Bréfritari: Ragnheiður Daníelsdóttir
Viðtakandi: Daníel Halldórsson og Jakobína Magnúsdóttir
Dagsetning: A-1891-12-15
Skrifað á: Skeggjastöðum  N-Múl. ?
Ragnheiður var dóttir Daníels og Jakobínu

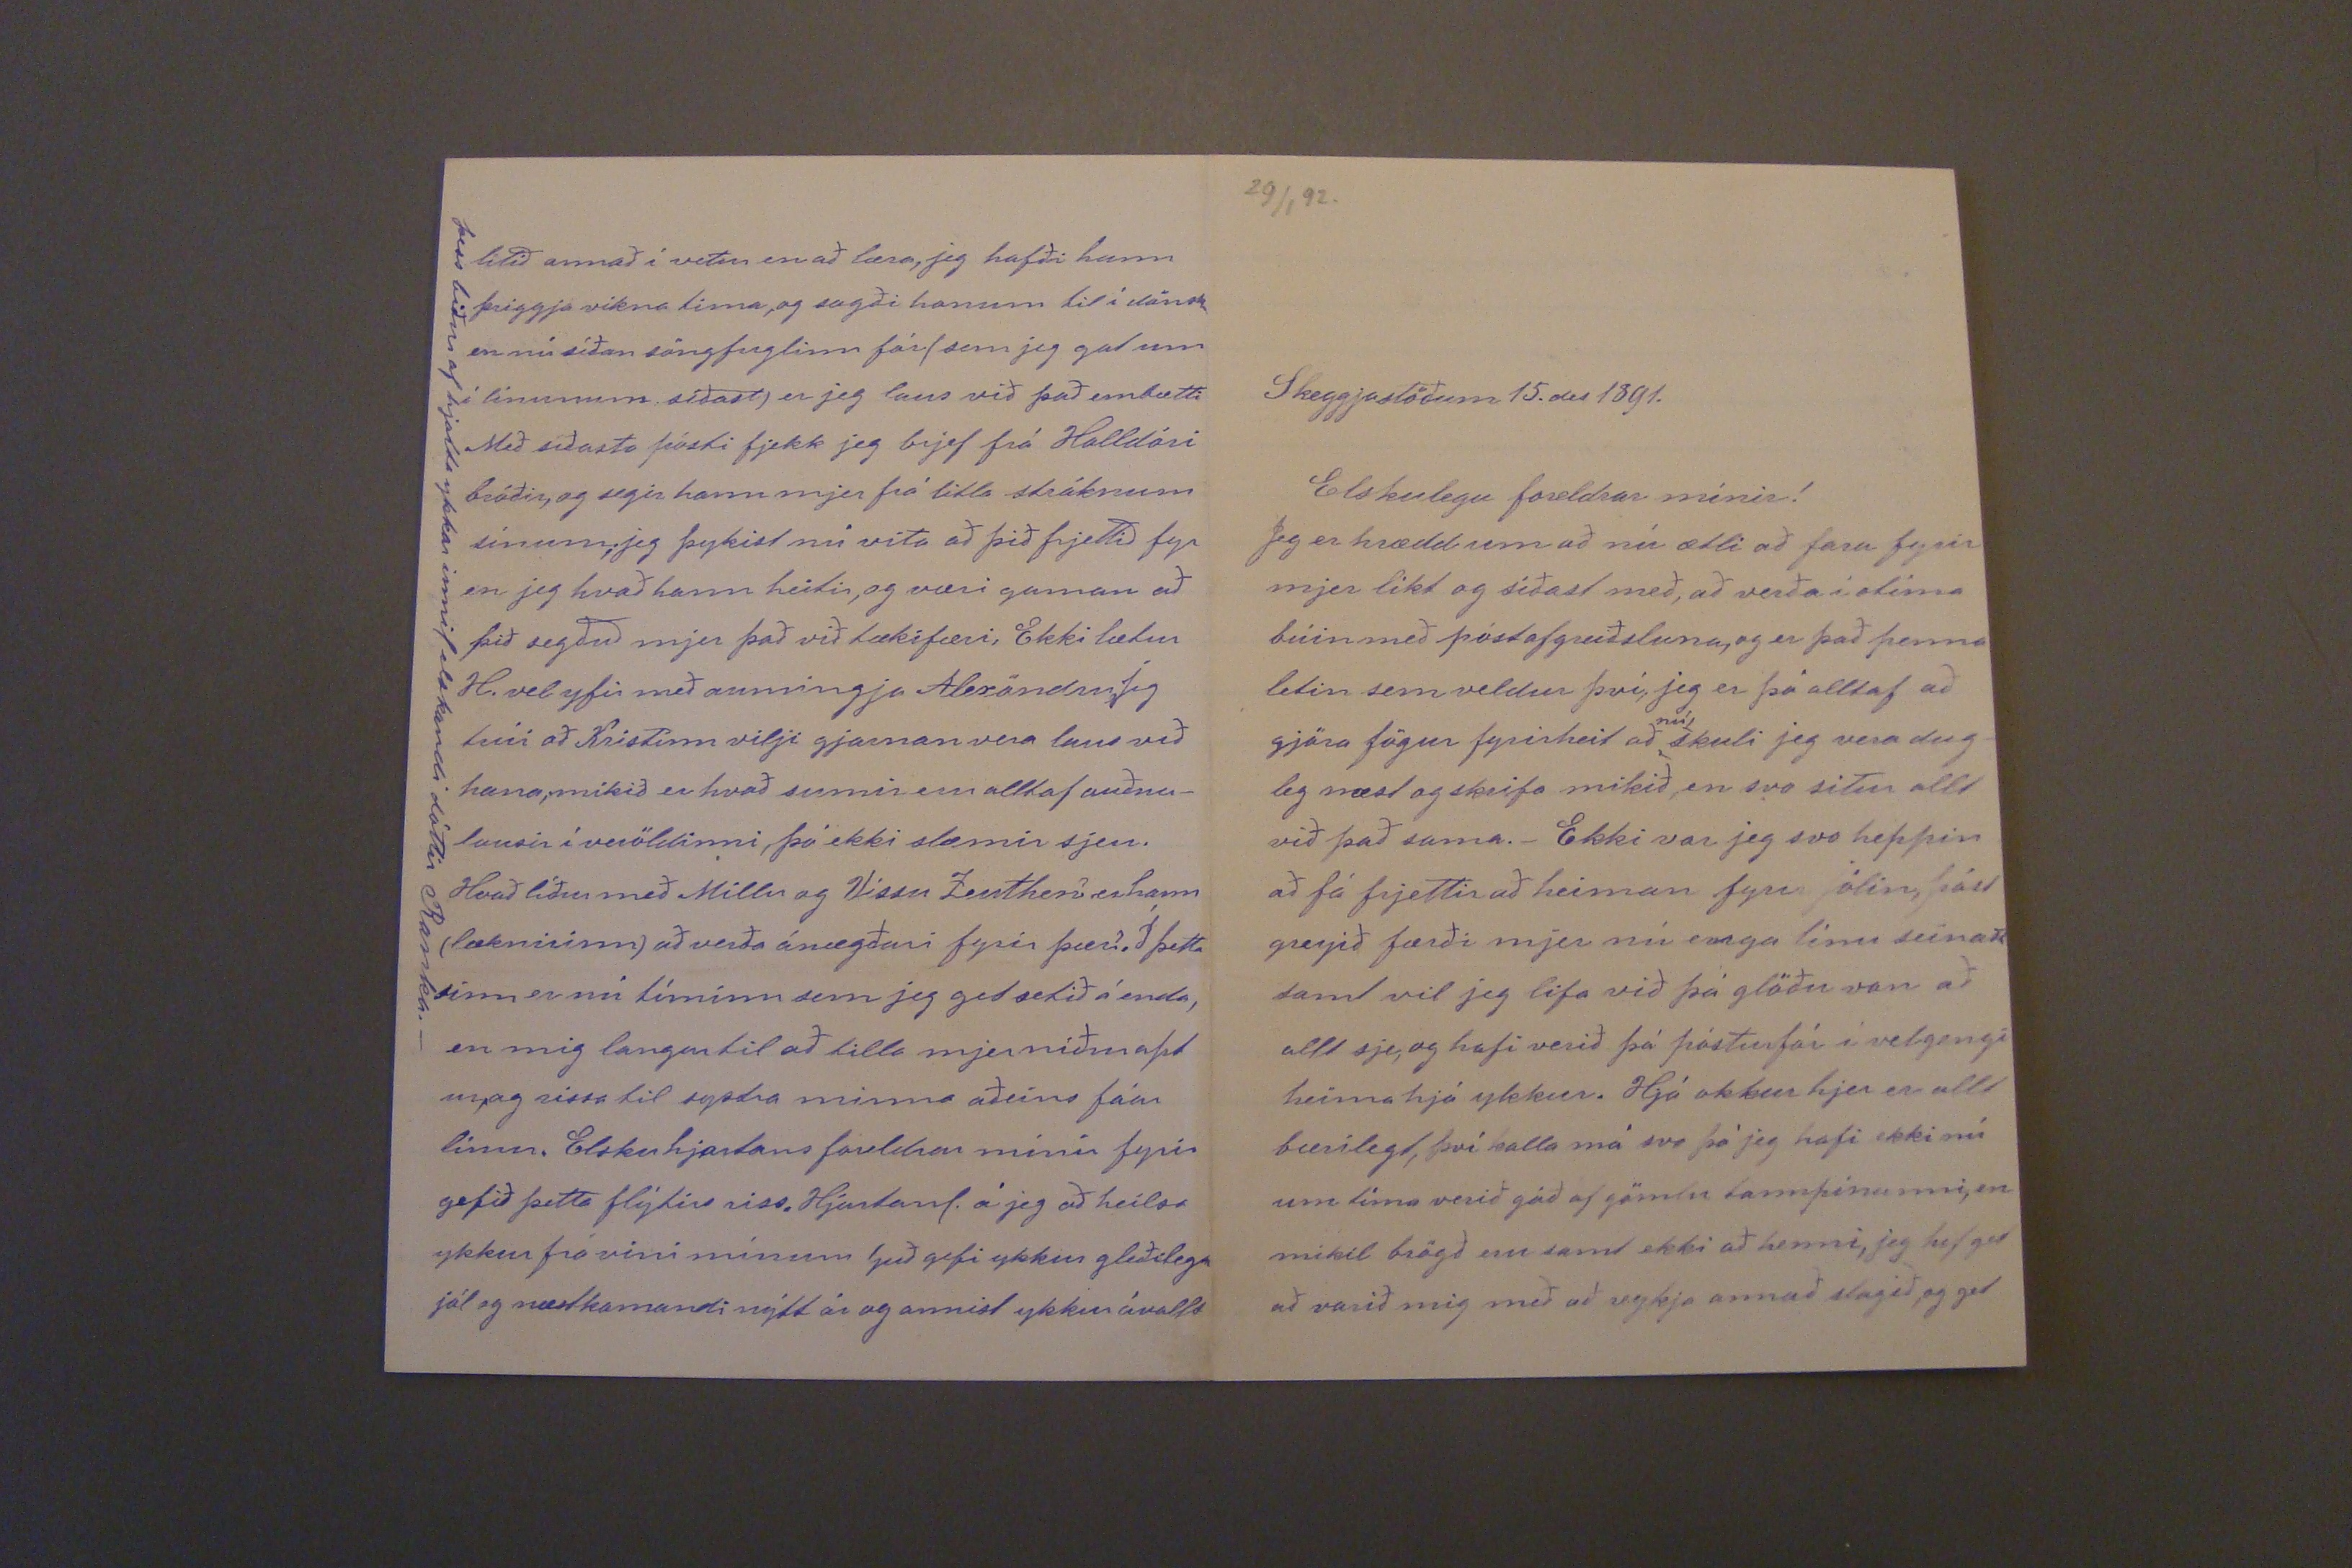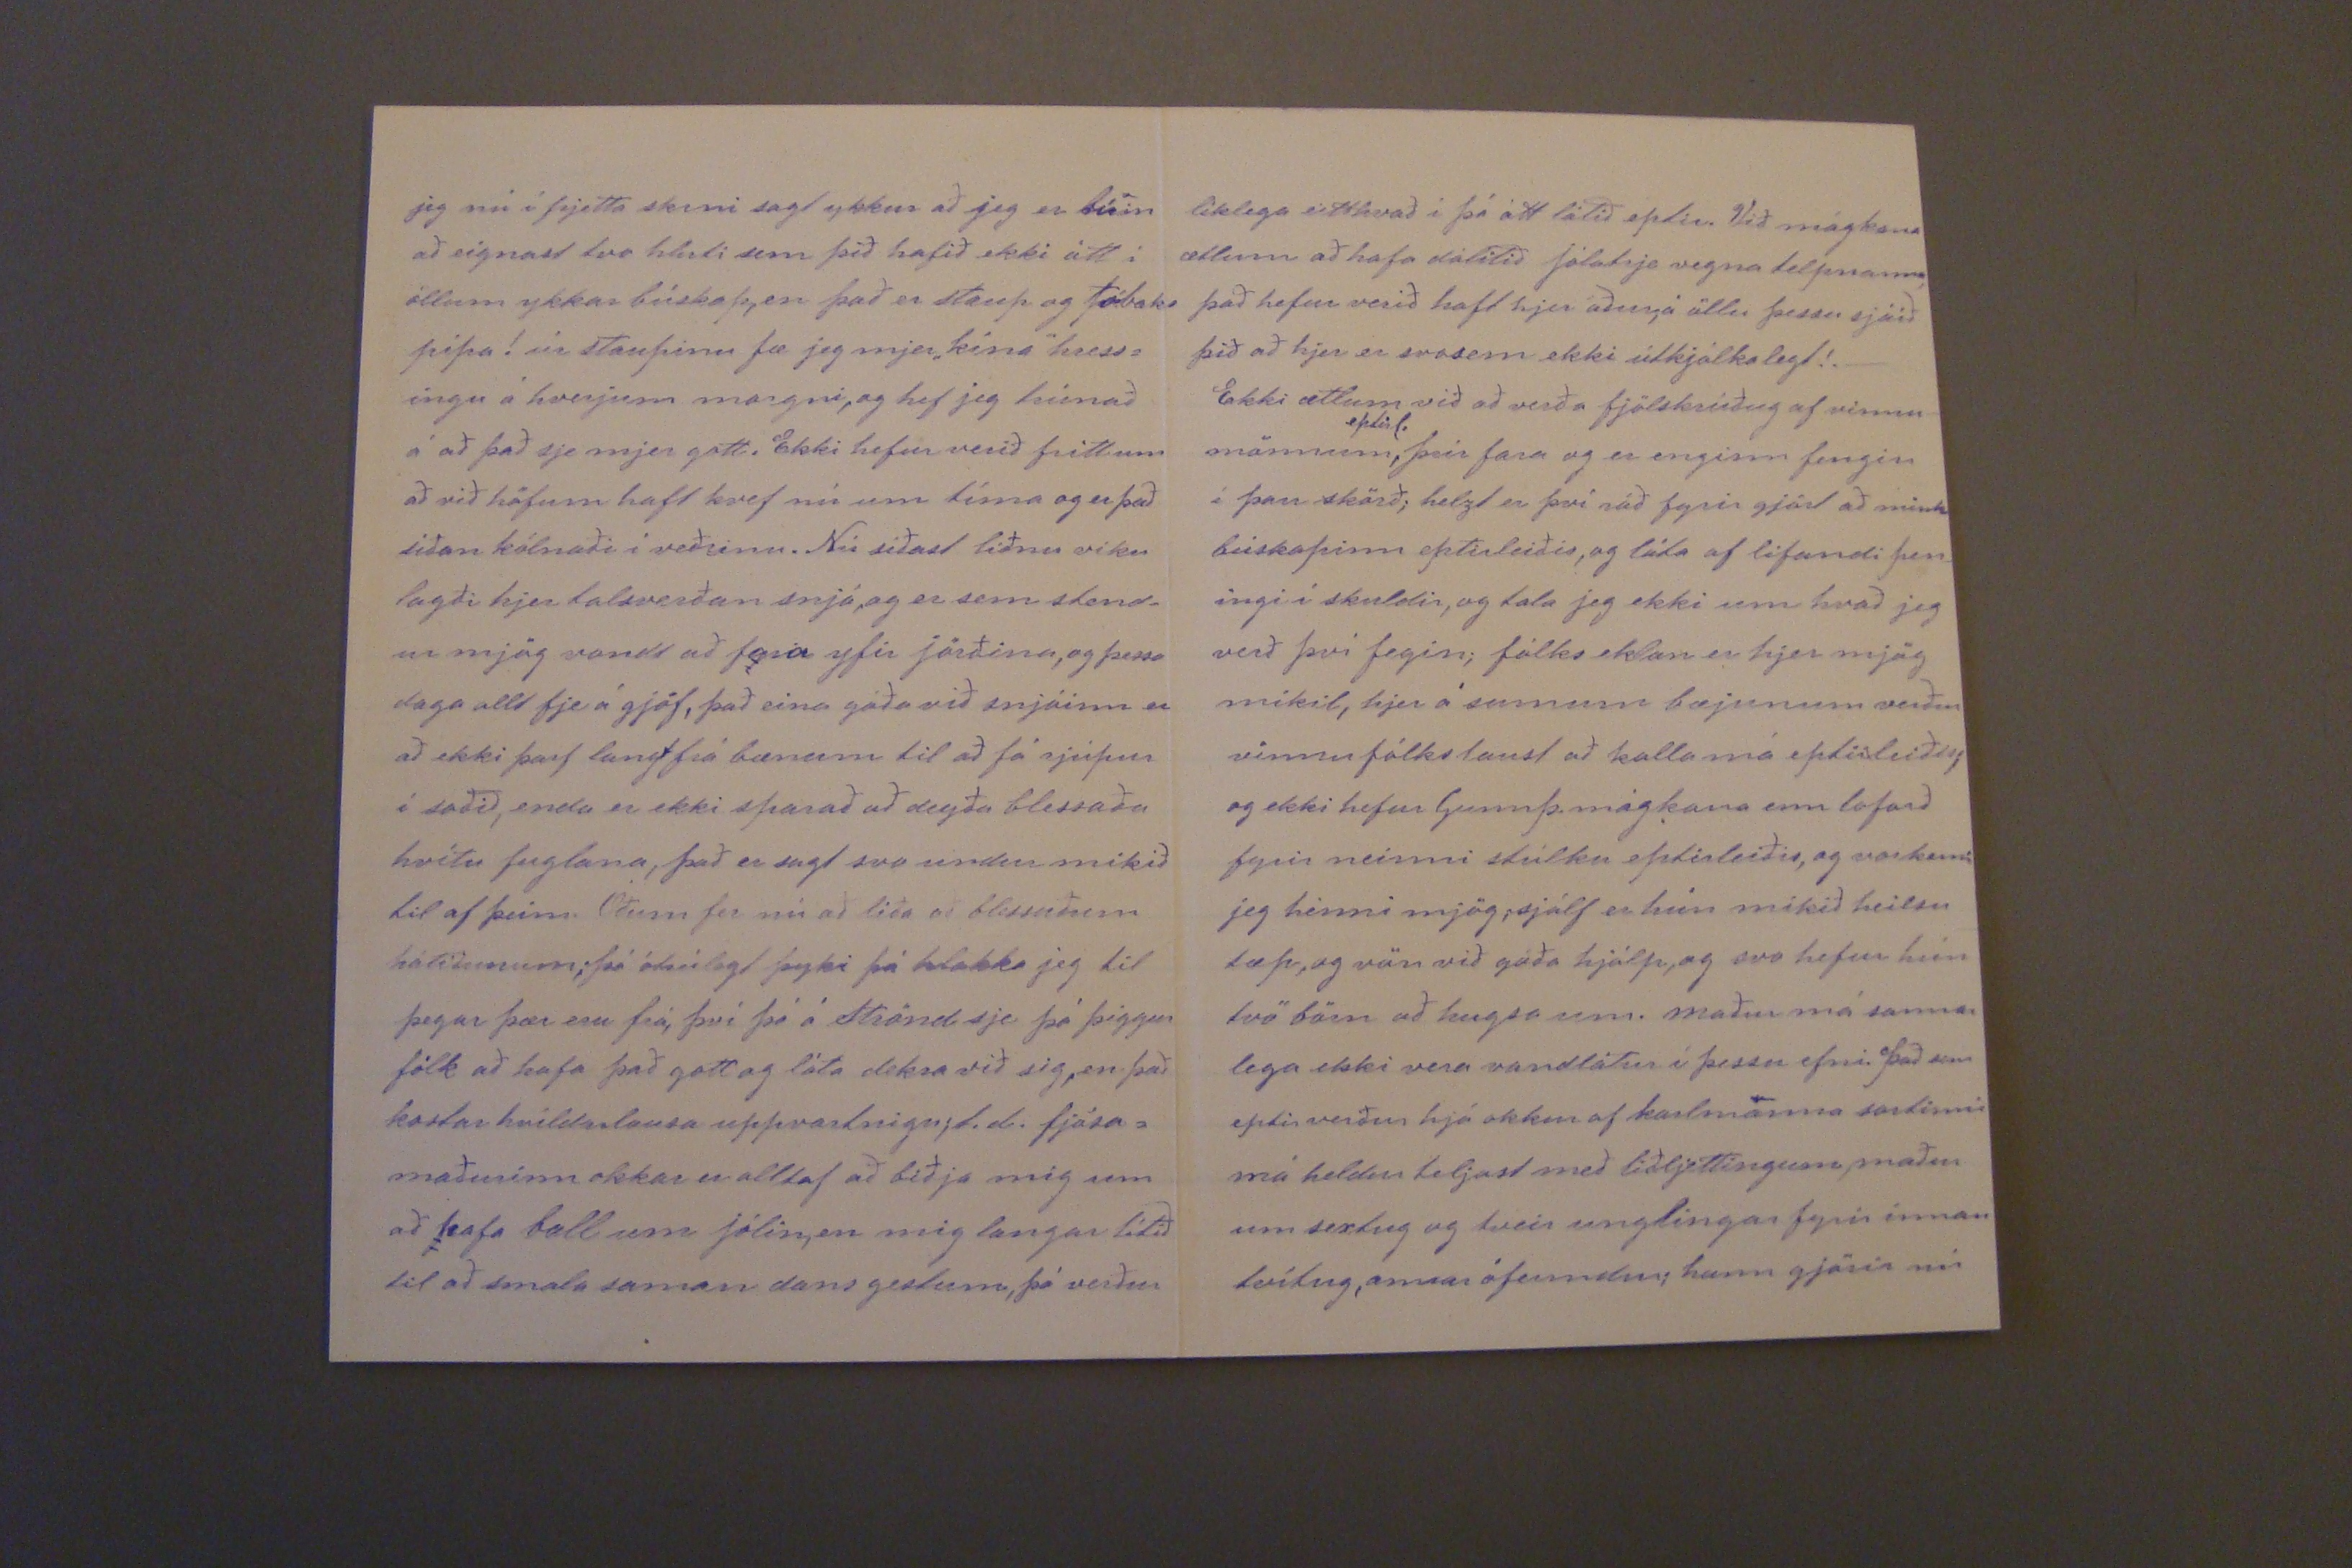

29/1 92.
Skeggjastöðum 15. des 1891.
Elskulegu foreldrar mínir!
Jeg er hrædd um að nú ætli að fara fyrir mjer líkt og síðast með, að verða í otíma búin með póstafgreiðsluna, og er það penna letin sem veldur því, jeg er þó alltaf að gjöra fögur fyrirheit að
nú
skuli jeg vera dug- leg næst og skrifa mikið, en svo situr allt við það sama._ Ekki var jeg svo heppin að fá frjettir að heiman fyrir jólin, póst greyið færði mjer nú enga línu seinast samt vil jeg lifa við þá glöðu von að allt sje, og hafi verið þá póstur fór í velgengi heima hjá ykkur. Hjá okkur hjer er allt bærilegt, þvi kalla má svo þá jeg hafi ekki nú um tíma verið góð af gömlu tannpínunni, en mikil brögð eru samt ekki að henni, jeg hef get að varið mig með að reykja annað slagið, og get
jeg nú í frjetta skini sagt ykkur að jeg er búin að eignast tvo hluti sem þið hafið ekki átt í öllum ykkar búskap, en það er staup og tóbaks pípa! úr staupinu fæ jeg mjer "kína" hress= ingu á hverjum morgni, og hef jeg trúnað á að það sje mjer gott. Ekki hefur verið frétt um að við höfum haft kvef nú um tíma og er það síðan kólnaði í veðrinu. Nú síðast liðnu viku lagði hjer talsverðan snjó, og er sem stend- ur mjög vondt að fara yfir jörðina, og þessa daga allt fje á gjöf, það eina góða við snjóinn er að ekki þarf langt frá bænum til að fá rjúpur í soðið, enda er ekki sparað að deyða blessaða hvítu fuglana, það er sagt svo undur mikið til af þeim. Óðum fer nú að líða að blessuðum hátíðunum; þó ótrúlegt þyki þá hlakka jeg til þegar þær eru frá, því þó á Strönd sje þá þiggur fólk að hafa það gott og láta dekra við sig, en það kostar hvíldarlausa upp
va00nigu
; t.d. fjósa= maðurinn okkar er alltaf að biðja mig um að hafa ball um jólin, en mig langar lítið til að smala saman dansgestum, þá verður
líklega eitthvað í þá átt látið eptir. Við mágkona ætlum að hafa dálítið Jólatrje vegna telpnanna, það hefur verið haft hjer áður, á öllu þessu sjáið þið að hjer er svosem ekki útkjálkalegt!._ Ekki ættum við að verða fjölskrúðug af vinnu- mönnum
eptirl.
, þeir fara og er enginn fengin í þau skörð; helzt er því ráð fyrir gjört að mink búskapinn eptirleiðis, og láta af lifandi pen_ ingi í skuldir, og tala jeg ekki um hvað jeg verð því fegin; fólks eklan er hjer mjög mikil, hjer í sumum bæjunum verður vinnu fólkslaust að kalla má eptirleiðis; og ekki hefur Gunnþ. mágkona enn loforð fyrir neinni stúlku eptirleiðis, og vorkenni jeg henni mjög; sjálf er hún mikið heilsu tæp, og vön við góða hjálp, og svo hefur hún tvö börn að hugsa um. Maður má sannar lega ekki vera vandlátur í þessu efni. Það sem eptir verður hjá okkur af karlmanna sortinni má heldur teljast með liðljettingum, maður um sextug og tveir unglingar fyrir innan tvítug, annar ófermdur; hann gjörir nú
lítið annað í vetur en að læra, jeg hafði hann þriggja vikna tima, og sagði honum til í dönsku en nú síðan söngfuglinn fór (sem jeg gat um í línunum síðast) er jeg laus við það embætti Með síðasta pósti fjekk jeg brjef frá Halldóri bróðir, og segir hann mjer frá litla stráknum sínum; jeg þykist nú vita að þið frjettið fyr en jeg hvað hann heitir, og væri gaman að þið segðuð mjer það við tækifæri, Ekki lætur H. vel yfir með aumingja Alexöndru, Jeg trúi að Kristinn vilji gjarnan vera laus við hana; mikið er hvað sumir eru alltaf auðna- lausir í veröldinni, þó ekki slæmir sjeu. Hvað líður með Millu og Vissu Lenthen? er hann (læknirinn) að verða ánægðari fyrir þær?. Í þetta sinn er nú tíminn sem jeg get setið á enda, en mig langar til að tilla mjer niður apt ur, og rissa til systra minna aðeins fáar línur. Elsku hjartans foreldrar mínir fyrir gefið þetta flýtirs riss. Hjartanl. á jeg að heilsa ykkur frá vini mínum Guð gefi ykkur gleðileg jól og næstkomandi nýtt ár og annist ykkur ávallt
þess biður af hjarta ykkar innil elskandi dóttir Ranka._